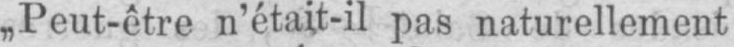
„Peut-être n’était-il pas naturellement